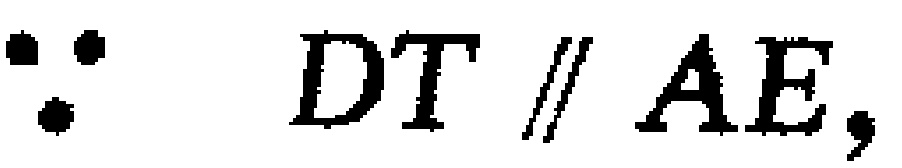
\(\because DT\parallel AE,\)